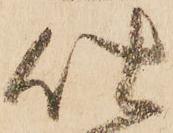
仕